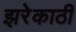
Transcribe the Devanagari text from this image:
झरेकाठी